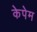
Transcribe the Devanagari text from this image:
केपेम